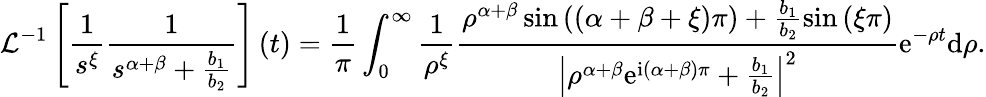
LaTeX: \mathcal{L}^{-1}\left[\frac{1}{s^{\xi}}\frac{1}{s^{\alpha+\beta}+\frac{b_{1}}{b_{2}}}\right]\left(t\right)=\frac{1}{\pi}\int_{0}^{\infty}\frac{1}{\rho^{\xi}}\frac{\rho^{\alpha+\beta}\sin\left(\left(\alpha+\beta+\xi\right)\pi\right)+\frac{b_{1}}{b_{2}}\sin\left(\xi\pi\right)}{\left\vert\rho^{\alpha+\beta}\mathrm{e}^{\mathrm{i}\left(\alpha+\beta\right)\pi}+\frac{b_{1}}{b_{2}}\right\vert^{2}}\mathrm{e}^{-\rho t}\mathrm{d}\rho.